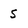
Character: S